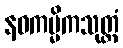
နဝကမ္မိကသုတ္တံ